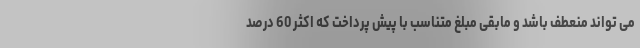
می تواند منعطف باشد و مابقی مبلغ متناسب با پیش پرداخت که اکثر 60 درصد